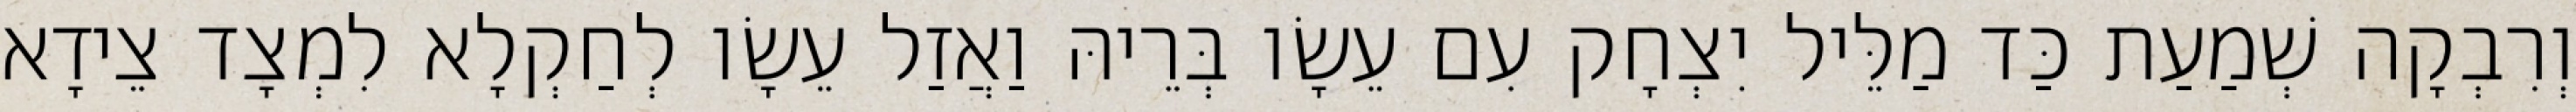
וְרִבְקָה שְׁמַעַת כַּד מַלֵּיל יִצְחָק עִם עֵשָׂו בְּרֵיהּ וַאֲזַל עֵשָׂו לְחַקְלָא לִמְצָד צֵידָא